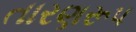
તારણરૂપ